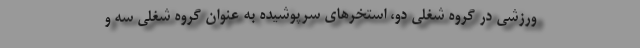
ورزشی در گروه شغلی دو، استخرهای سرپوشیده به عنوان گروه شغلی سه و